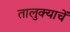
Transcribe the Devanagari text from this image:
तालुक्याचें